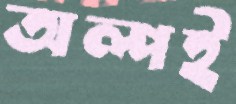
অল্পই